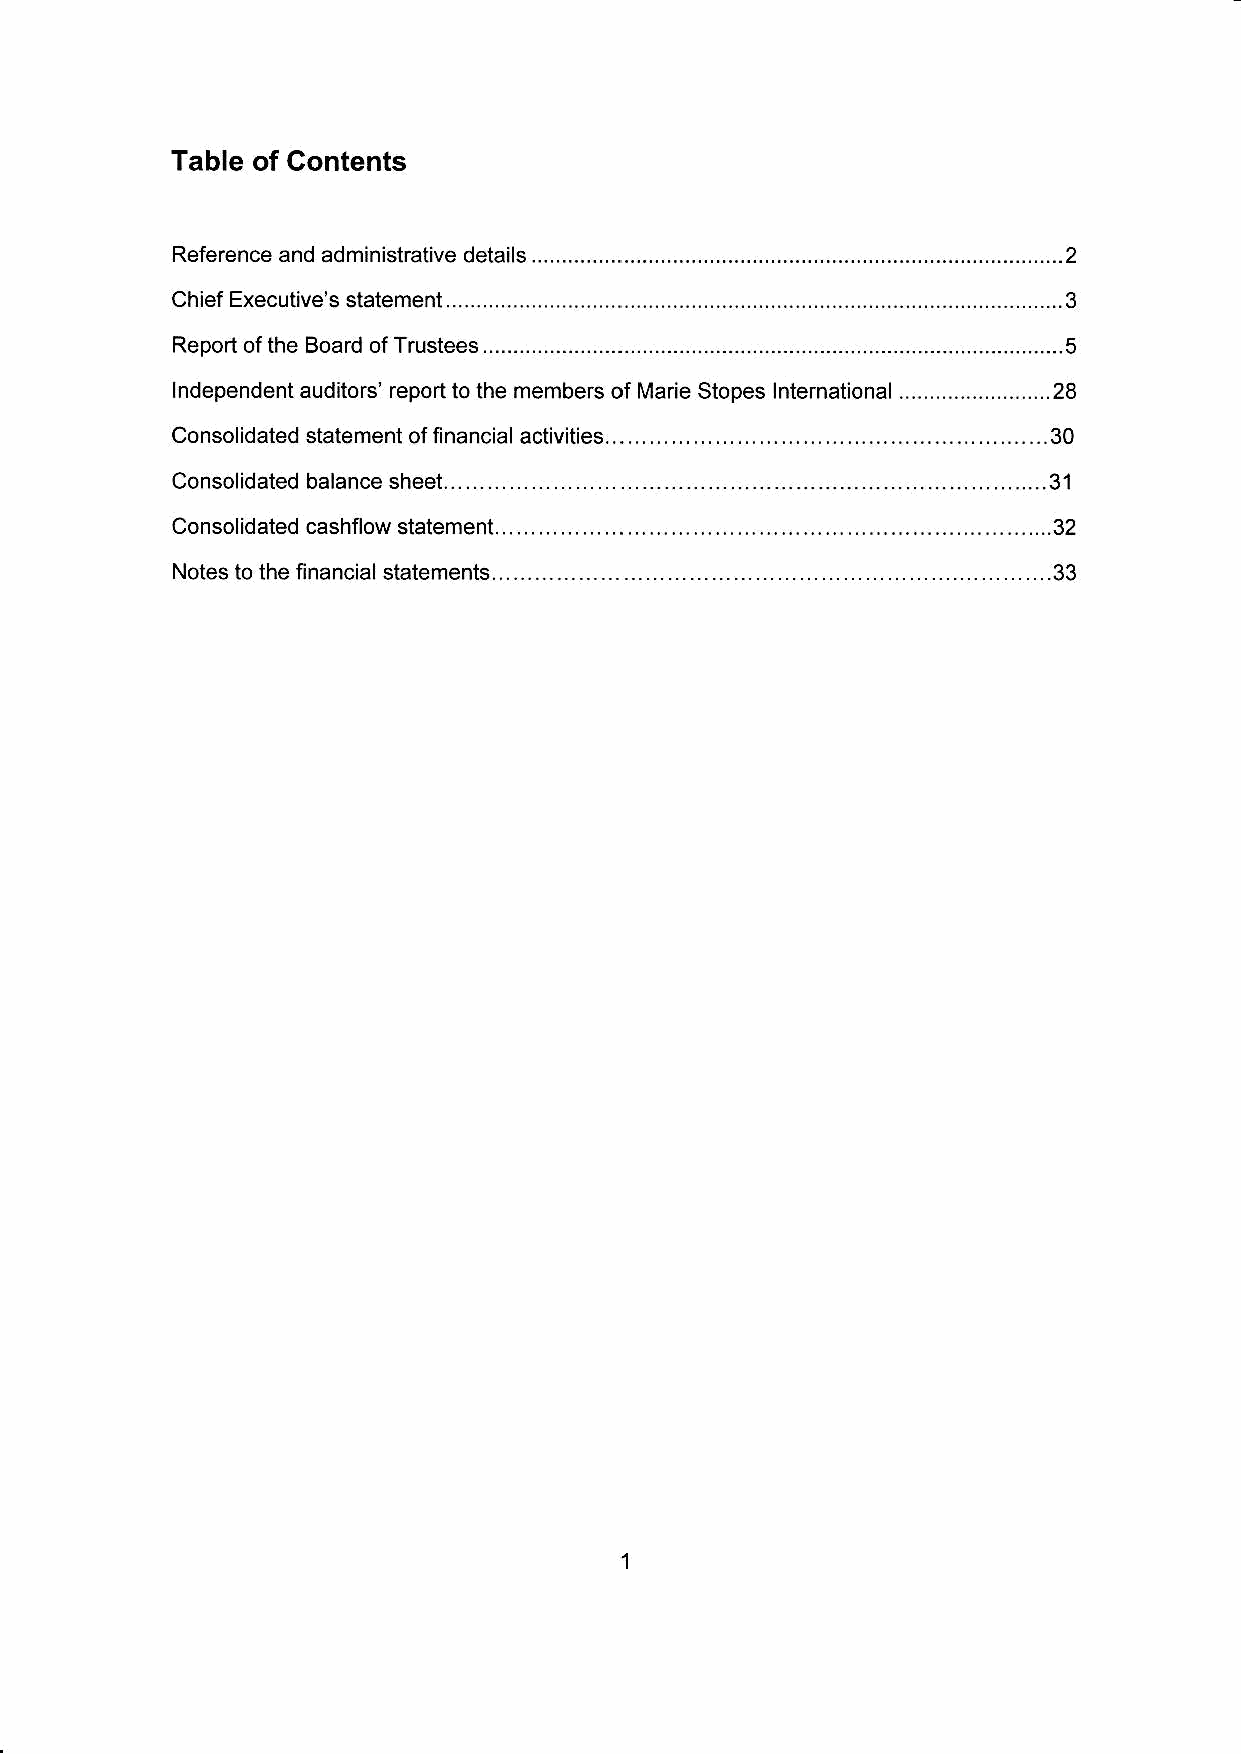
Table of Contents
 1